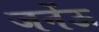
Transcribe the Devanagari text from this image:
जनेंऊ